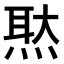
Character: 𤋕